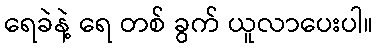
ရေခဲနဲ့ ရေ တစ် ခွက် ယူလာပေးပါ။